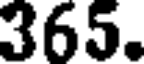
365.